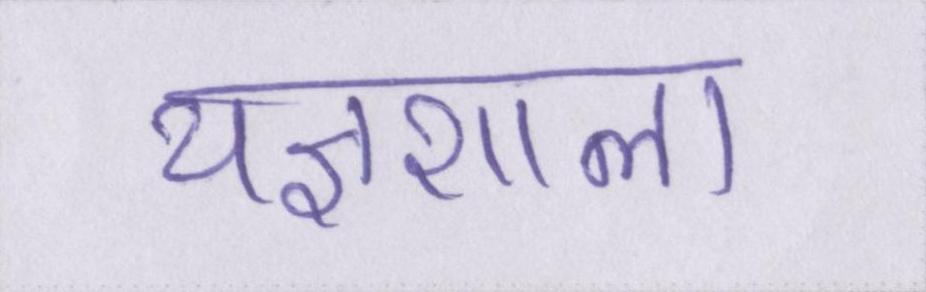
यज्ञशाला